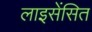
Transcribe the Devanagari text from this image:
लाइसेंसित